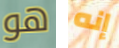
هو إنه